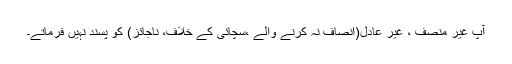
آپ غیر منصف ، غیر عادل(انصاف نہ کرنے والے ،سچائی کے خلاف، ناجائز) کو پسند نہیں فرماتے۔